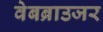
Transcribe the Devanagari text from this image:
वेबब्राउजर